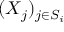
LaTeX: ( X _ { j } ) _ { j \in S _ { i } }